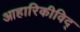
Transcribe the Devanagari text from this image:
आहारिकीविद्